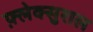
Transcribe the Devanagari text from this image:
फ़्लेक्सुराल